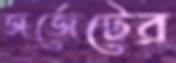
জর্জেটের